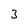
Character: 3